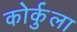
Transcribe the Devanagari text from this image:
कोर्कुला